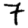
Digit: 7